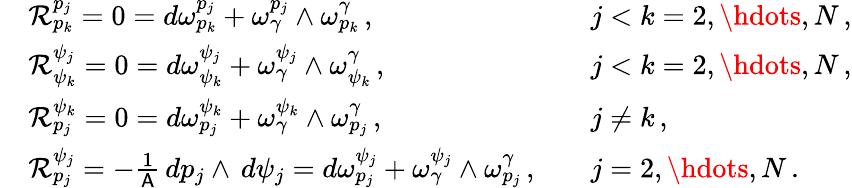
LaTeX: \begin{array}{rlrl}&{\mathcal{R}^{p_{j}}_{p_{k}}=0=d\omega^{p_{j}}_{p_{k}}+\omega^{p_{j}}_{\gamma}\wedge\omega^{\gamma}_{p_{k}}\, ,}&&{j<k=2,\hdots,N\, ,}\\ &{\mathcal{R}^{\psi_{j}}_{\psi_{k}}=0=d\omega^{\psi_{j}}_{\psi_{k}}+\omega^{\psi_{j}}_{\gamma}\wedge\omega^{\gamma}_{\psi_{k}}\, ,}&&{j<k=2,\hdots,N\, ,}\\ &{\mathcal{R}^{\psi_{k}}_{p_{j}}=0=d\omega^{\psi_{k}}_{p_{j}}+\omega^{\psi_{k}}_{\gamma}\wedge\omega^{\gamma}_{p_{j}}\, ,}&&{j\neq k\, ,}\\ &{\mathcal{R}^{\psi_{j}}_{p_{j}}=-\frac{1}{\mathsf{A}}\, dp_{j}\wedge\, d\psi_{j}=d\omega^{\psi_{j}}_{p_{j}}+\omega^{\psi_{j}}_{\gamma}\wedge\omega^{\gamma}_{p_{j}}\, ,}&&{j=2,\hdots,N\, .}\end{array}